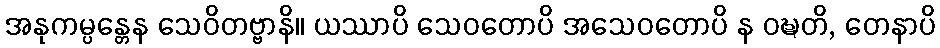
အနုကမ္ပန္တေန သေဝိတဗ္ဗာနိ။ ယဿာပိ သေဝတောပိ အသေဝတောပိ န ဝဍ္ဎတိ, တေနာပိ